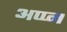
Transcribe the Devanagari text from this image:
अप्प्न